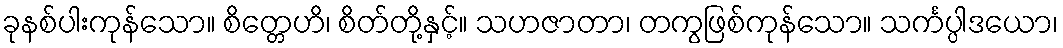
ခုနစ်ပါးကုန်သော။ စိတ္တေဟိ၊ စိတ်တို့နှင့်။ သဟဇာတာ၊ တကွဖြစ်ကုန်သော။ သင်္ကပ္ပါဒယော၊